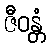
ဇီဝန္တံ